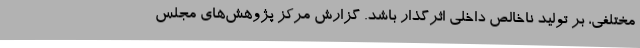
مختلفی، بر تولید ناخالص داخلی اثرگذار باشد. گزارش مرکز پژوهش‌های مجلس